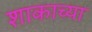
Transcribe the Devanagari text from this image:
शाकाच्या